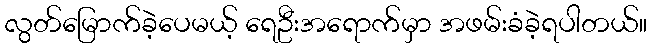
လွတ်မြောက်ခဲ့ပေမယ့် ရေဦးအရောက်မှာ အဖမ်းခံခဲ့ရပါတယ်။